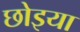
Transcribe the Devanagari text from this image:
छोइया